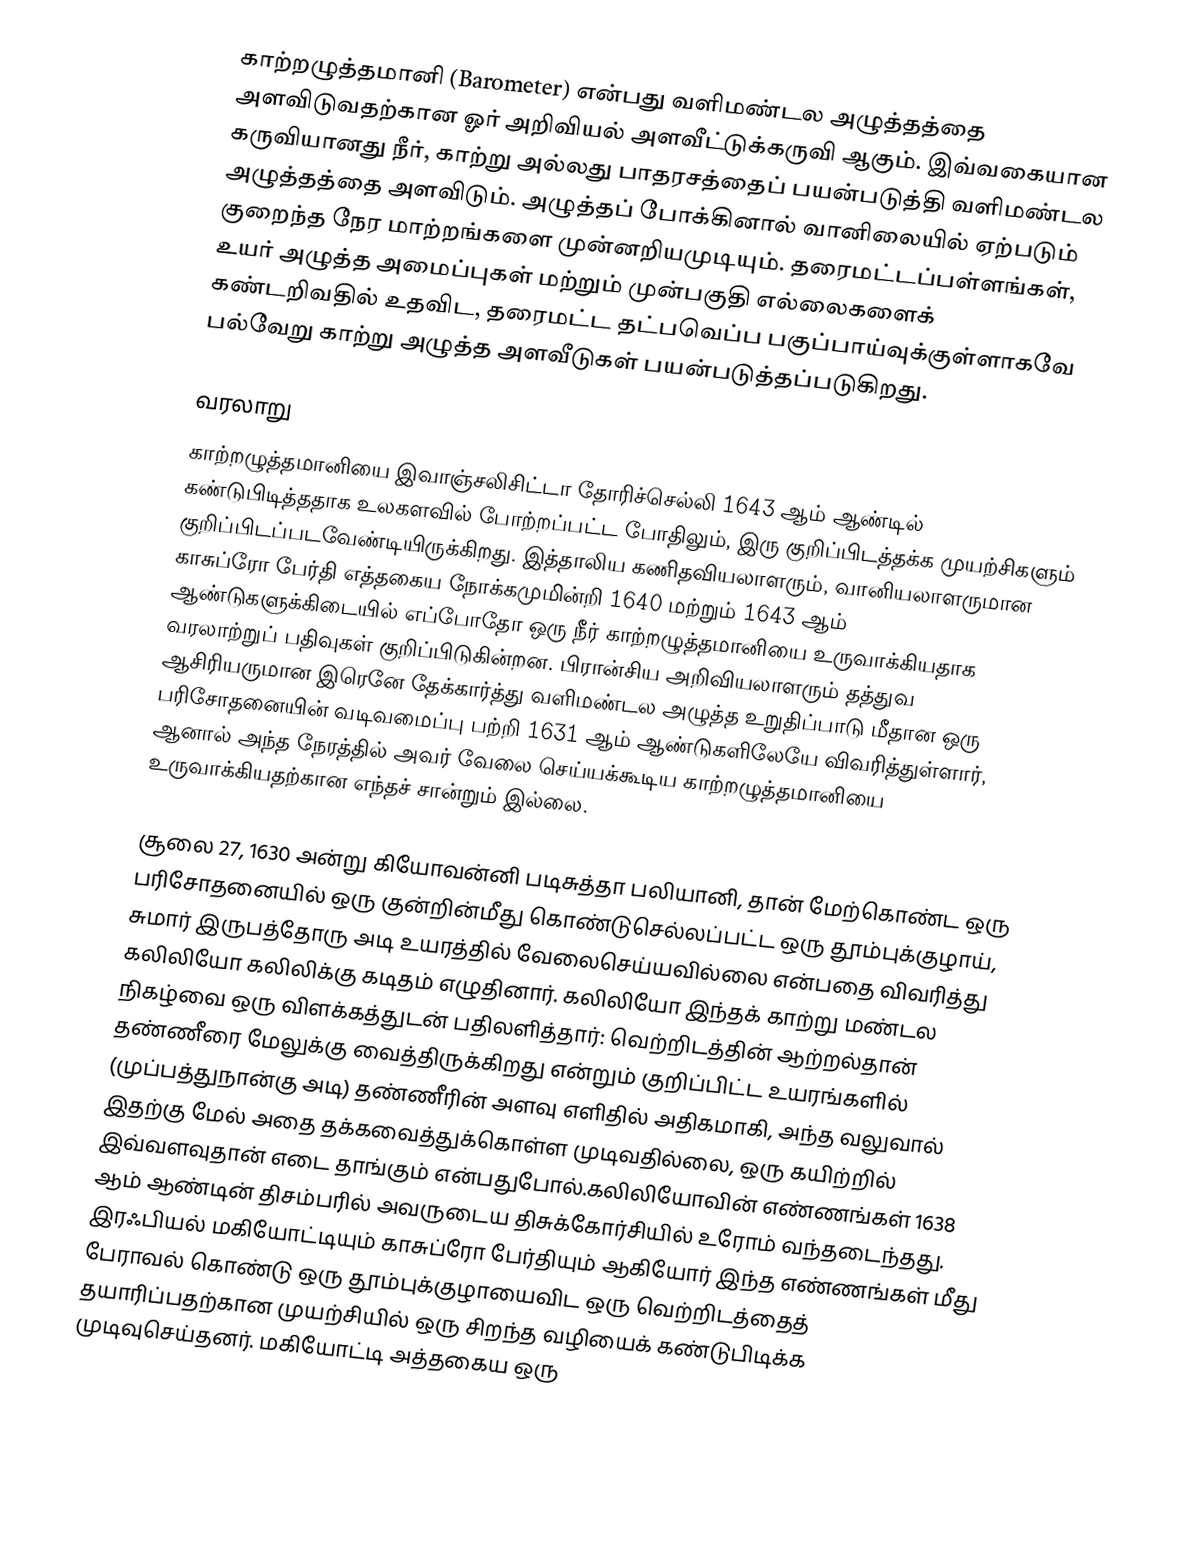
காற்றழுத்தமானி (Barometer) என்பது வளிமண்டல அழுத்தத்தை அளவிடுவதற்கான ஓர் அறிவியல் அளவீட்டுக்கருவி ஆகும். இவ்வகையான கருவியானது நீர், காற்று அல்லது பாதரசத்தைப் பயன்படுத்தி வளிமண்டல அழுத்தத்தை அளவிடும். அழுத்தப் போக்கினால் வானிலையில் ஏற்படும் குறைந்த நேர மாற்றங்களை முன்னறியமுடியும். தரைமட்டப்பள்ளங்கள், உயர் அழுத்த அமைப்புகள் மற்றும் முன்பகுதி எல்லைகளைக் கண்டறிவதில் உதவிட, தரைமட்ட தட்பவெப்ப பகுப்பாய்வுக்குள்ளாகவே பல்வேறு காற்று அழுத்த அளவீடுகள் பயன்படுத்தப்படுகிறது.

வரலாறு
காற்றழுத்தமானியை இவாஞ்சலிசிட்டா தோரிச்செல்லி 1643 ஆம் ஆண்டில் கண்டுபிடித்ததாக உலகளவில் போற்றப்பட்ட போதிலும், இரு குறிப்பிடத்தக்க முயற்சிகளும் குறிப்பிடப்படவேண்டியிருக்கிறது. இத்தாலிய கணிதவியலாளரும், வானியலாளருமான காசுப்ரோ பேர்தி எத்தகைய நோக்கமுமின்றி 1640 மற்றும் 1643 ஆம் ஆண்டுகளுக்கிடையில் எப்போதோ ஒரு நீர் காற்றழுத்தமானியை உருவாக்கியதாக வரலாற்றுப் பதிவுகள் குறிப்பிடுகின்றன. பிரான்சிய அறிவியலாளரும் தத்துவ ஆசிரியருமான இரெனே தேக்கார்த்து வளிமண்டல அழுத்த உறுதிப்பாடு மீதான ஒரு பரிசோதனையின் வடிவமைப்பு பற்றி 1631 ஆம் ஆண்டுகளிலேயே விவரித்துள்ளார், ஆனால் அந்த நேரத்தில் அவர் வேலை செய்யக்கூடிய காற்றழுத்தமானியை உருவாக்கியதற்கான எந்தச் சான்றும் இல்லை.

சூலை 27, 1630 அன்று கியோவன்னி படிசுத்தா பலியானி, தான் மேற்கொண்ட ஒரு பரிசோதனையில் ஒரு குன்றின்மீது கொண்டுசெல்லப்பட்ட ஒரு தூம்புக்குழாய், சுமார் இருபத்தோரு அடி உயரத்தில் வேலைசெய்யவில்லை என்பதை விவரித்து கலிலியோ கலிலிக்கு கடிதம் எழுதினார். கலிலியோ இந்தக் காற்று மண்டல நிகழ்வை ஒரு விளக்கத்துடன் பதிலளித்தார்: வெற்றிடத்தின் ஆற்றல்தான் தண்ணீரை மேலுக்கு வைத்திருக்கிறது என்றும் குறிப்பிட்ட உயரங்களில் (முப்பத்துநான்கு அடி) தண்ணீரின் அளவு எளிதில் அதிகமாகி, அந்த வலுவால் இதற்கு மேல் அதை தக்கவைத்துக்கொள்ள முடிவதில்லை, ஒரு கயிற்றில் இவ்வளவுதான் எடை தாங்கும் என்பதுபோல்.கலிலியோவின் எண்ணங்கள் 1638 ஆம் ஆண்டின் திசம்பரில் அவருடைய திசுக்கோர்சியில் உரோம் வந்தடைந்தது. இரஃபியல் மகியோட்டியும் காசுப்ரோ பேர்தியும் ஆகியோர் இந்த எண்ணங்கள் மீது பேராவல் கொண்டு ஒரு தூம்புக்குழாயைவிட ஒரு வெற்றிடத்தைத் தயாரிப்பதற்கான முயற்சியில் ஒரு சிறந்த வழியைக் கண்டுபிடிக்க முடிவுசெய்தனர். மகியோட்டி அத்தகைய ஒரு